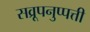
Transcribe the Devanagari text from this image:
सव्रूपनुप्पत्ती